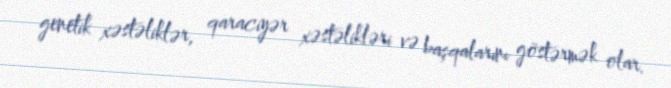
genetik xəstəliklər, qaraciyər xəstəlikləri və başqalarını göstərmək olar.